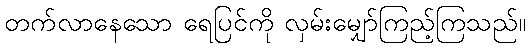
တက်လာနေသော ရေပြင်ကို လှမ်းမျှော်ကြည့်ကြသည်။